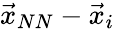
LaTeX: \vec{x}_{NN}-\vec{x}_{i}